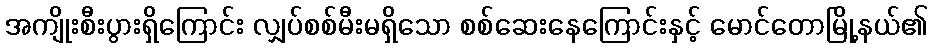
အကျိုးစီးပွားရှိကြောင်း လျှပ်စစ်မီးမရှိသော စစ်ဆေးနေကြောင်းနှင့် မောင်တောမြို့နယ်၏